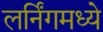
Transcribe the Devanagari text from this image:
लर्निंगमध्ये